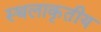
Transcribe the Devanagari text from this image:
स्थलाकृतीय